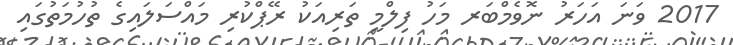
2017 ވަނަ އަހަރު ނޮވެމްބަރ މަހު ފިލްމީ ތަރިއަކު ރޭޕްކުރި މައްސަލައިގެ ތުހުމަތުގައި